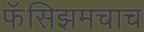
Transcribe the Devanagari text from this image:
फॅसिझमचाच